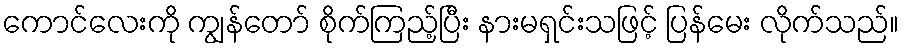
ကောင်လေးကို ကျွန်တော် စိုက်ကြည့်ပြီး နားမရှင်းသဖြင့် ပြန်မေး လိုက်သည်။